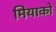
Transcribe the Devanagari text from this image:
मियाको